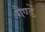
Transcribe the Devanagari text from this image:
गैण्डें